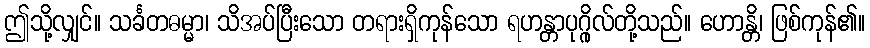
ဤသို့လျှင်။ သင်္ခတဓမ္မာ၊ သိအပ်ပြီးသော တရားရှိကုန်သော ရဟန္တာပုဂ္ဂိုလ်တို့သည်။ ဟောန္တိ၊ ဖြစ်ကုန်၏။